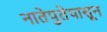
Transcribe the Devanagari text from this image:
नातेपुतेपासून